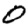
Digit: 0